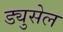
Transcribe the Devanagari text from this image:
ड्युसेल